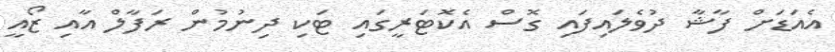
އެއަޑަށް ފާޝާ ދުވެލައިފައި ގޮސް އެކޮޓަރީގައި ޓަކި ދިނުމުން ރަފާލް އާއި ޒޯއީ